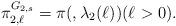
LaTeX: \begin{align*} \pi_{2,\ell}^{G_{2,s}} = \pi({},\lambda_2(\ell_{})) (\ell_{} > 0).\end{align*}